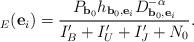
LaTeX: \begin{align*}_E(\mathbf{e}_i) = \frac{P_{\mathbf{b}_0} h_{\mathbf{b}_0, \mathbf{e}_i} D_{\mathbf{b}_0, \mathbf{e}_i}^{-\alpha}}{I'_B + I'_U + I'_J + N_0}.\end{align*}